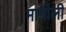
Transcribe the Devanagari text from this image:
मागीली